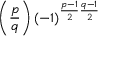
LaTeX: \left( { \frac { p } { q } } \right) ( - 1 ) ^ { { \frac { p - 1 } { 2 } } { \frac { q - 1 } { 2 } } }